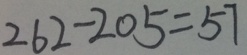
2 6 2 - 2 0 5 = 5 7